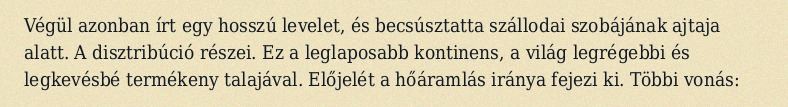
Végül azonban írt egy hosszú levelet, és becsúsztatta szállodai szobájának ajtaja alatt. A disztribúció részei. Ez a leglaposabb kontinens, a világ legrégebbi és legkevésbé termékeny talajával. Előjelét a hőáramlás iránya fejezi ki. Többi vonás: